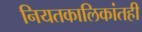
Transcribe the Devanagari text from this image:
नियतकालिकांतही